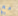
مع